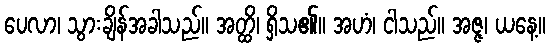
ပေလာ၊ သွားချိန်အခါသည်။ အတ္ထိ၊ ရှိသ၏။ အဟံ၊ ငါသည်။ အဇ္ဇ၊ ယနေ့။